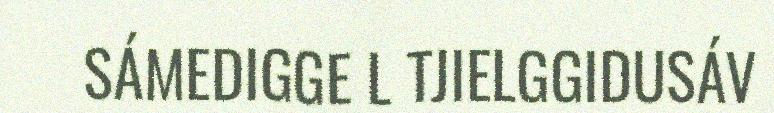
SÁMEDIGGE L TJIELGGIDUSÁV